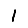
Digit: 1